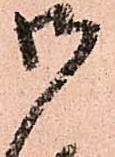
御